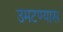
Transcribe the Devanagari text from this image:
उमटण्यास